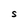
Character: S